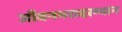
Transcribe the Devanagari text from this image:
जीवनभरादरम्यान